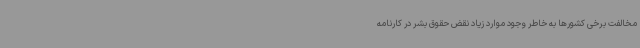
مخالفت برخی کشورها به خاطر وجود موارد زیاد نقض حقوق بشر در کارنامه